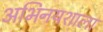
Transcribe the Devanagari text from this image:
अभिनयशाला